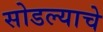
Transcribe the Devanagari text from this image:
सोडल्याचे